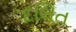
દલિત